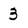
Character: 3